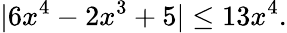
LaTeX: |6x^{4}-2x^{3}+5|\leq 13x^{4}.